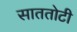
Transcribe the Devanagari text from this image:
साततोटी